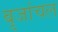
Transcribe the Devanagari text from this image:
बृजांचल